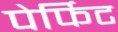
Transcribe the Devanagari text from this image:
पेर्फिट